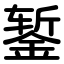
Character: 錾